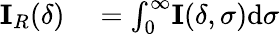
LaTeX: \begin{array}{rl}{\mathbf{I}_{R}(\delta)}&{{}=\int_{0}^{\infty}\! \mathbf{I}(\delta,\sigma)\mathrm{d}\sigma}\end{array}